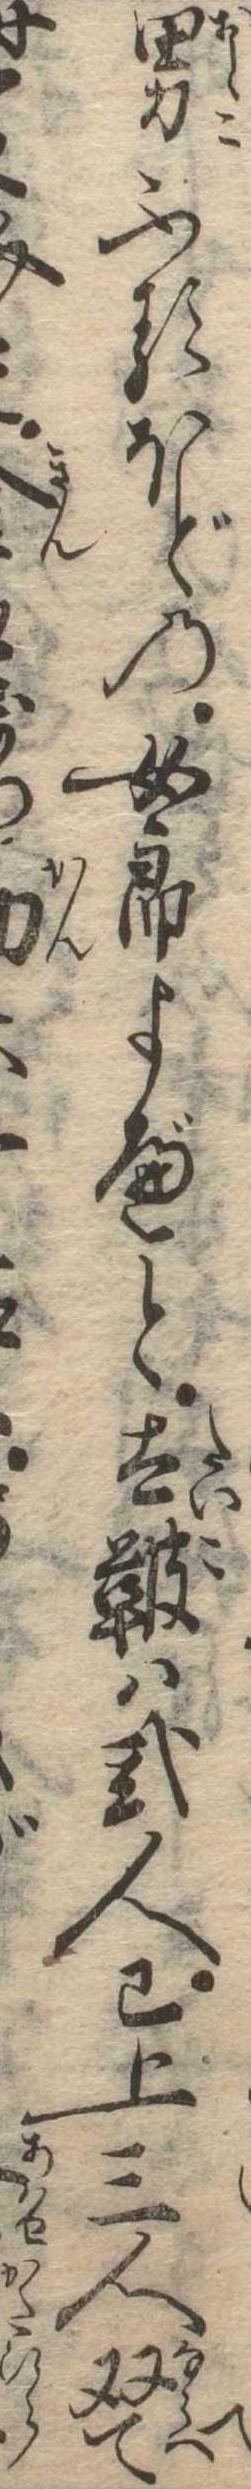
て男ふるほどの女郎よべと太鞁は弐人已上三人双て之